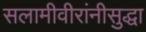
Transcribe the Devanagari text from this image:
सलामीवीरांनीसुद्धा